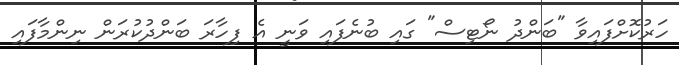
ހަރުކޮށްފައިވާ "ބަންދު ނޯޓިސް" ގައި ބުނެފައި ވަނީ އެ ފިހާރަ ބަންދުކުރަން ނިންމާފައި